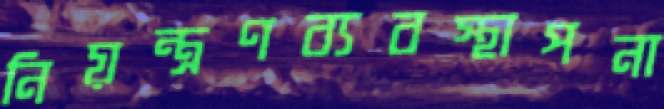
নিয়ন্ত্রণব্যবস্থাপনা